EAOK_Sinod, lk 12
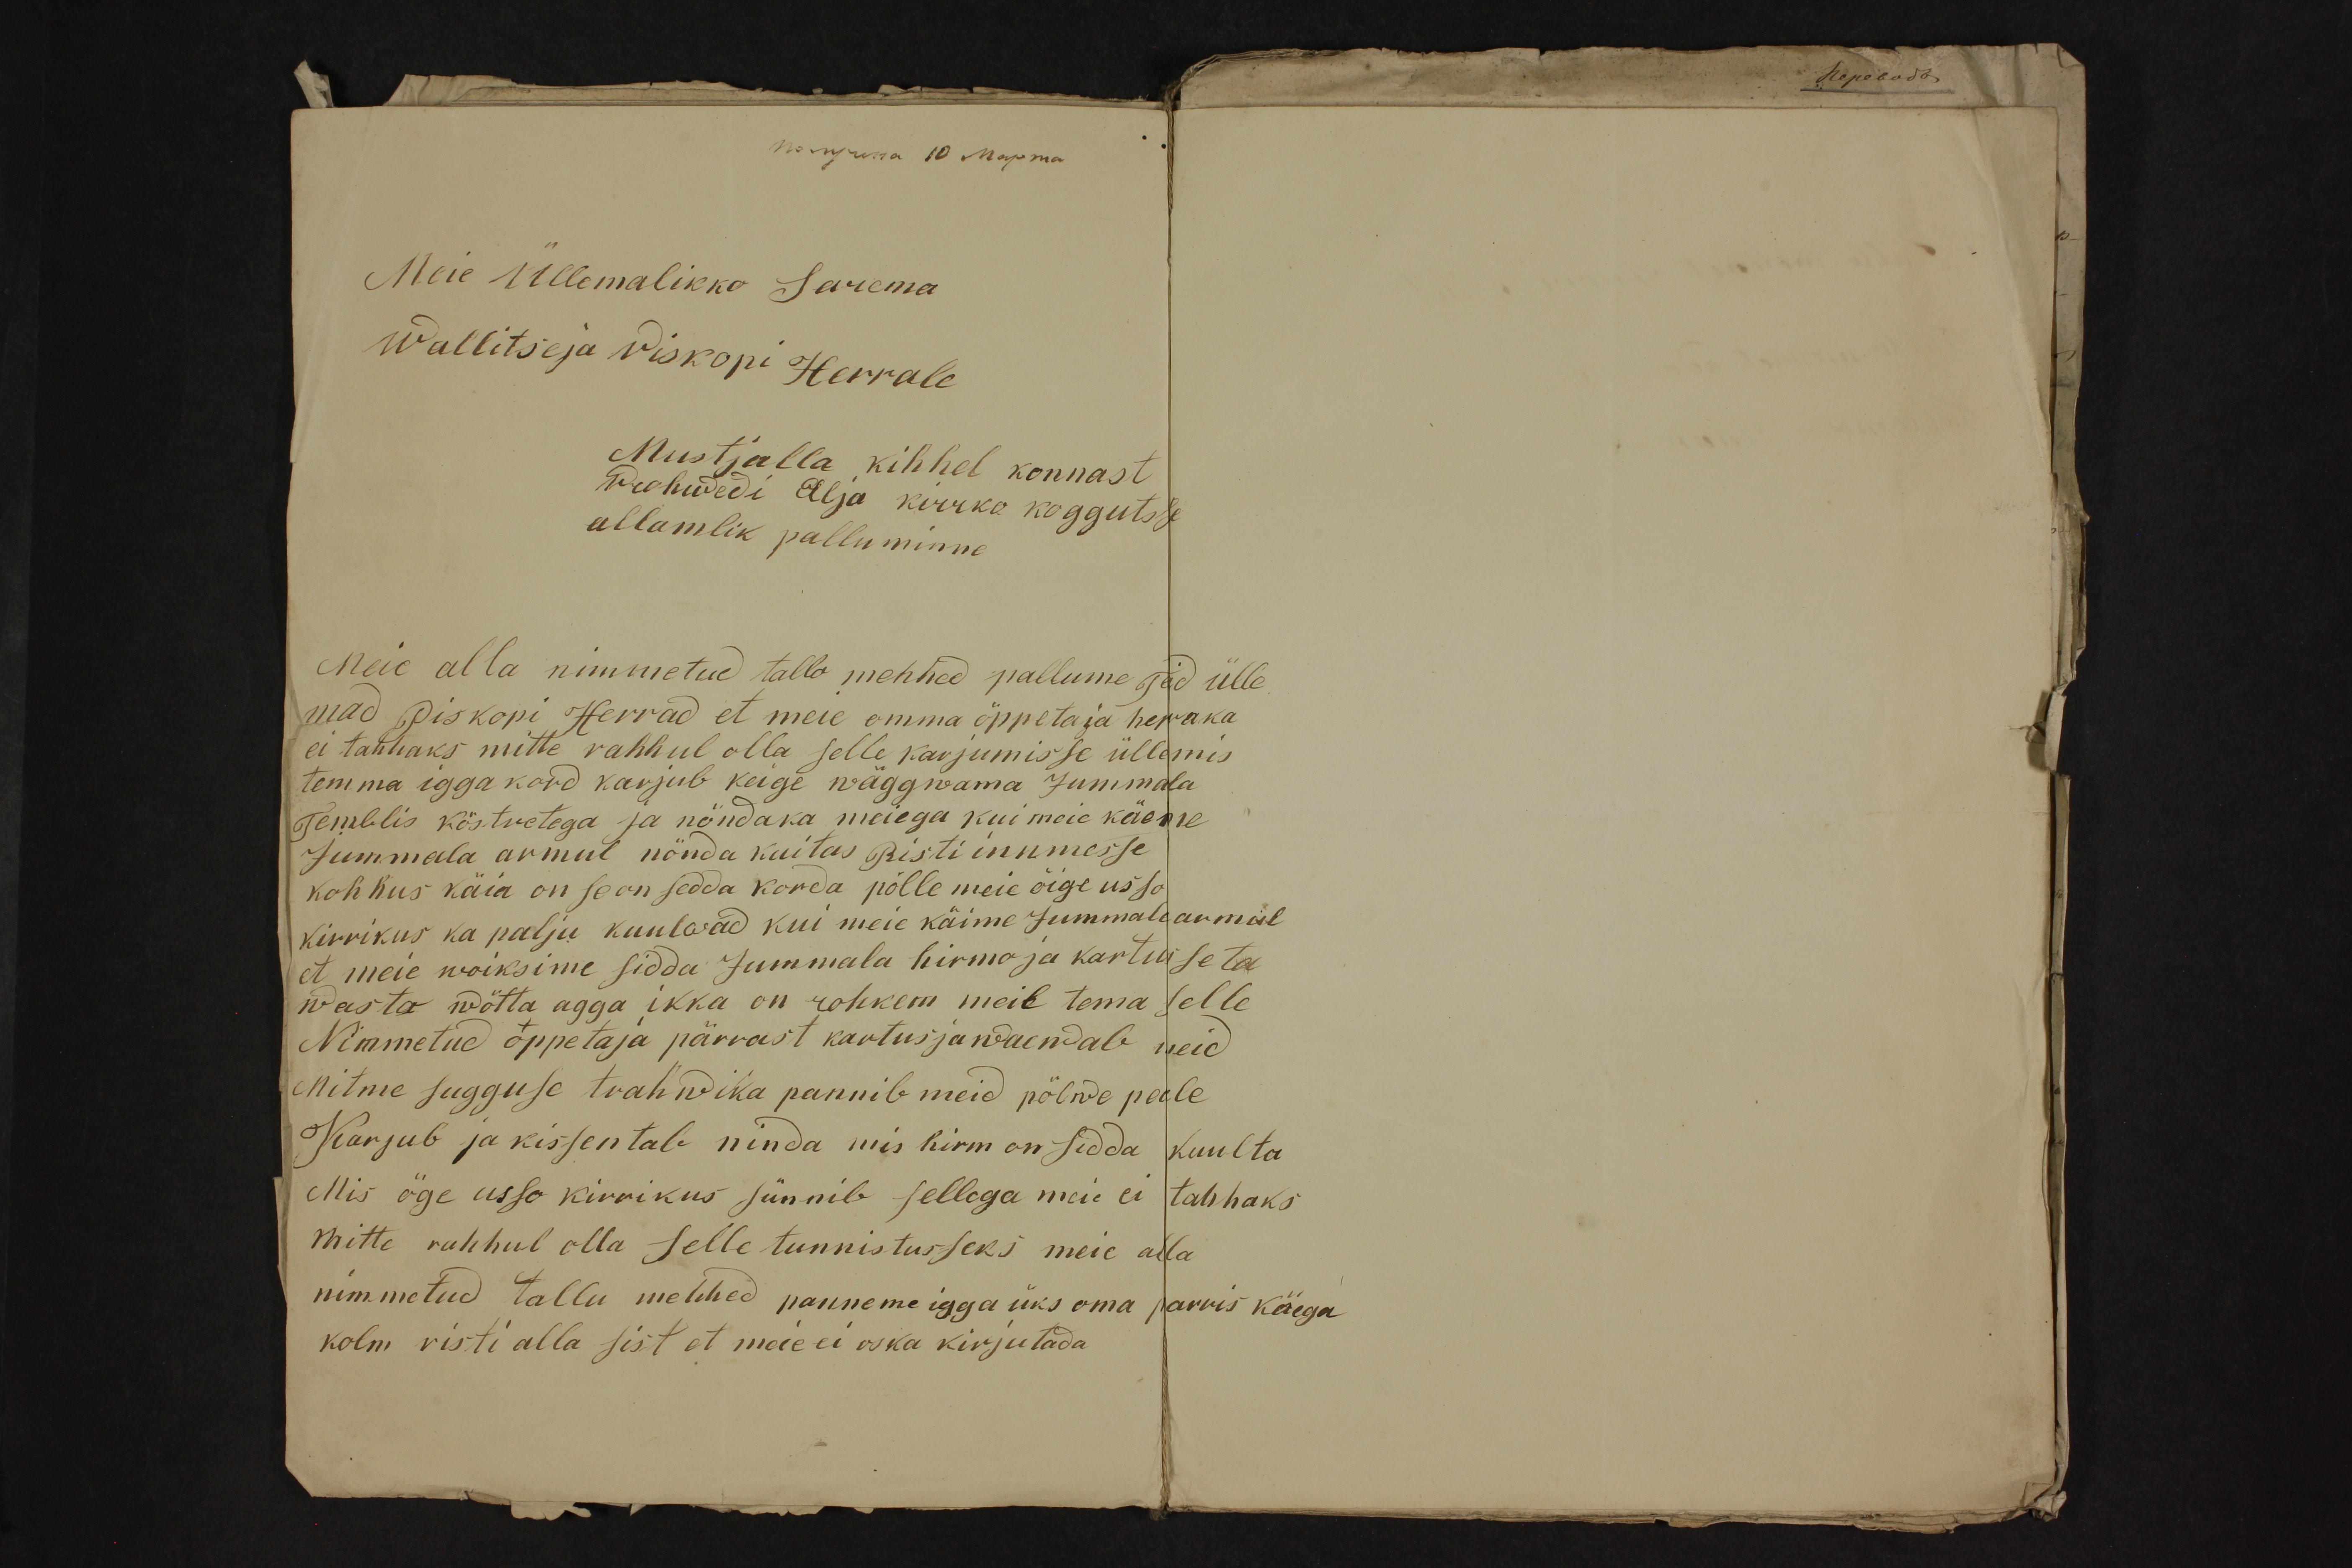
по пуша 10 Марта
Meie Üllemalikko Sarema
Wallitseja piskopi Herrale
Mustjalla kihhel konnast
Wuhwedi Alja kirrko koggutsse
allamlik palluminne
Meie alla nimmetud tallo mehhed pallume teid ülle
mad piskopi Herrad et meie omma öppetaja herraka
ei tahhaks mitte rahhul olla selle karjumisse ülle mis
temma igga kord karjub keige wäggwama Jummala
Temblis köstretega ja nõndaka meiega kui meie käeme
Jummala armul nõnda kuitas Risti innmesse
kohhus käia on sean sedda korda põlle meie õige usso
kirrikus ka palju kuulwad kui meie käime Jummala armul
et meie wõiksime sidda Jummala hirmo ja kartusse ta
wasto wõtta agga ikka on rohkem meil tema selle
Nimmetud õppetaja pärrast kartus ja waendab neid
Mitme sugguse trahwika pannib meid põlwe peale
Karjub ja kissentab ninda mis hirm on sedda kuulta
Mis õge usso kirrikus sünnib sellega meie ei tahhaks
mitte rahhul olla selle tunnistusseks meie alla
nimmetud tallu mehhed panneme igga üks oma parris käega
kolm risti alla sist et meie ei oska kirjutada